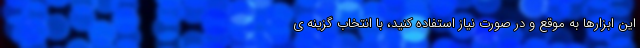
این ابزارها به موقع و در صورت نیاز استفاده کنید، با انتخاب گزینه ی